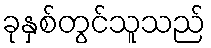
ခုနှစ်တွင်သူသည်